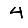
Digit: 4